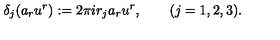
\delta _ { j } ( a _ { r } u ^ { r } ) : = 2 \pi i r _ { j } a _ { r } u ^ { r } , \qquad ( j = 1 , 2 , 3 ) .